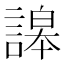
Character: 䜂